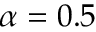
\alpha = 0 . 5